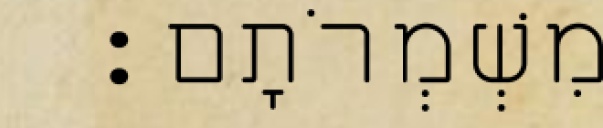
בְּמִשְׁמְרֹתָם׃